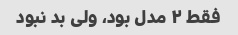
فقط ۲ مدل بود، ولی بد نبود